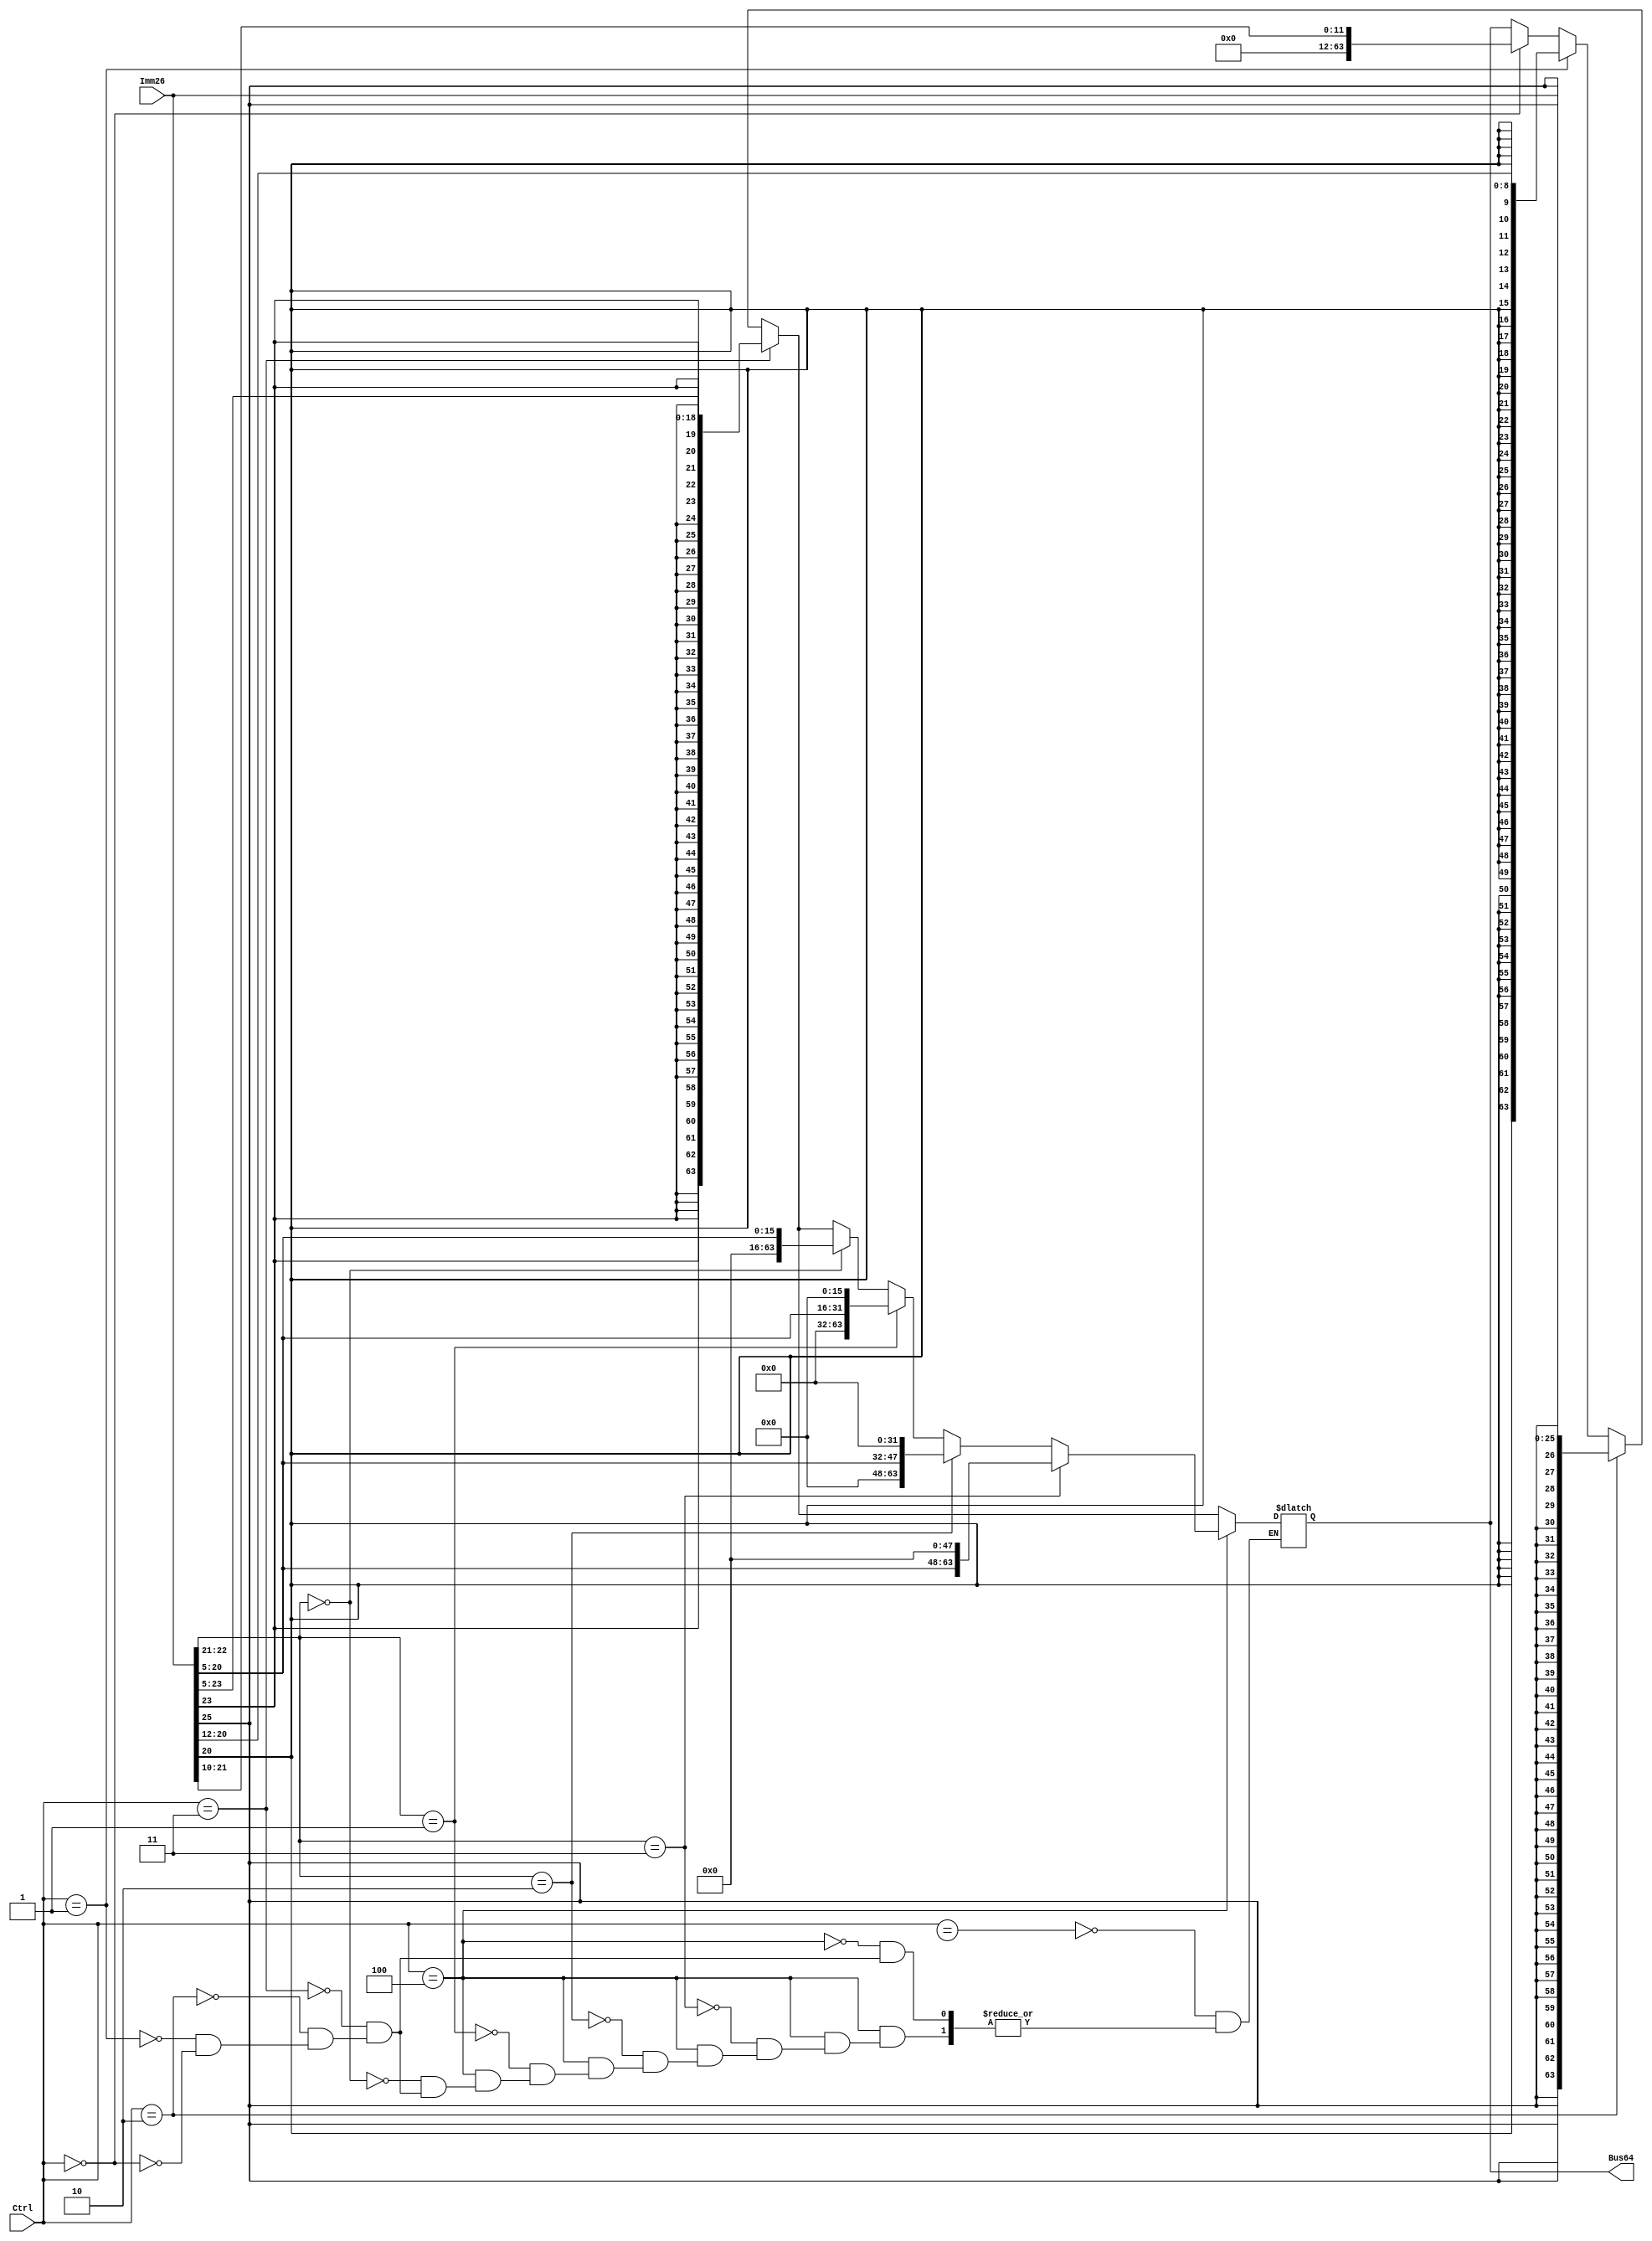
 
`timescale 1ns / 1ps
module SignExtender(Bus64, Imm26, Ctrl);
	output reg [63:0] Bus64;
	input [25:0] Imm26;
	input [2:0]Ctrl;

	wire extBit;
	//assign #1 extBit = (Ctrl ? 1'b0 : Imm26[25]);


always @(*)begin
	 begin
        if(Ctrl[2:0] == 3'b000) begin  // I-type
	   Bus64 = {52'b0,Imm26[21:10]};
        end
        if(Ctrl[2:0] == 3'b001)begin // D type
           Bus64 = {{55{Imm26[20]}}, Imm26[20:12]};
	end
	if(Ctrl[2:0] == 3'b010)begin // B
          Bus64 = {{38{Imm26[25]}}, Imm26[25:0]};
	end
	if(Ctrl[2:0] == 3'b011)begin // CB 
	  Bus64 = {{45{Imm26[23]}}, Imm26[23:5]};
	end
	if(Ctrl[2:0] == 3'b100)begin// IW-Type 
		if(Imm26[22:21] == 2'b00)begin// LSL 0 
		    Bus64 = {48'b0, Imm26[20:5]};
		end
		if(Imm26[22:21] == 2'b01)begin //LSL 16
 		    Bus64 = {32'b0, Imm26[20:5], 16'b0};		
		end
		if(Imm26[22:21] == 2'b10) begin//LSL 32
		    Bus64 = {16'b0, Imm26[20:5], 32'b0};
		end
		if(Imm26[22:21] == 2'b11)begin//LSL 48
		    Bus64 = {Imm26[20:5], 48'b0};
		end
	  
	end
	if(Ctrl[2:0] == 3'bxxx)begin 
          Bus64 = {64'bx};
        end
	
	
      end
end
endmodule